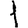
Digit: 1